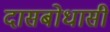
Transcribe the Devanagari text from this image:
दासबोधासी